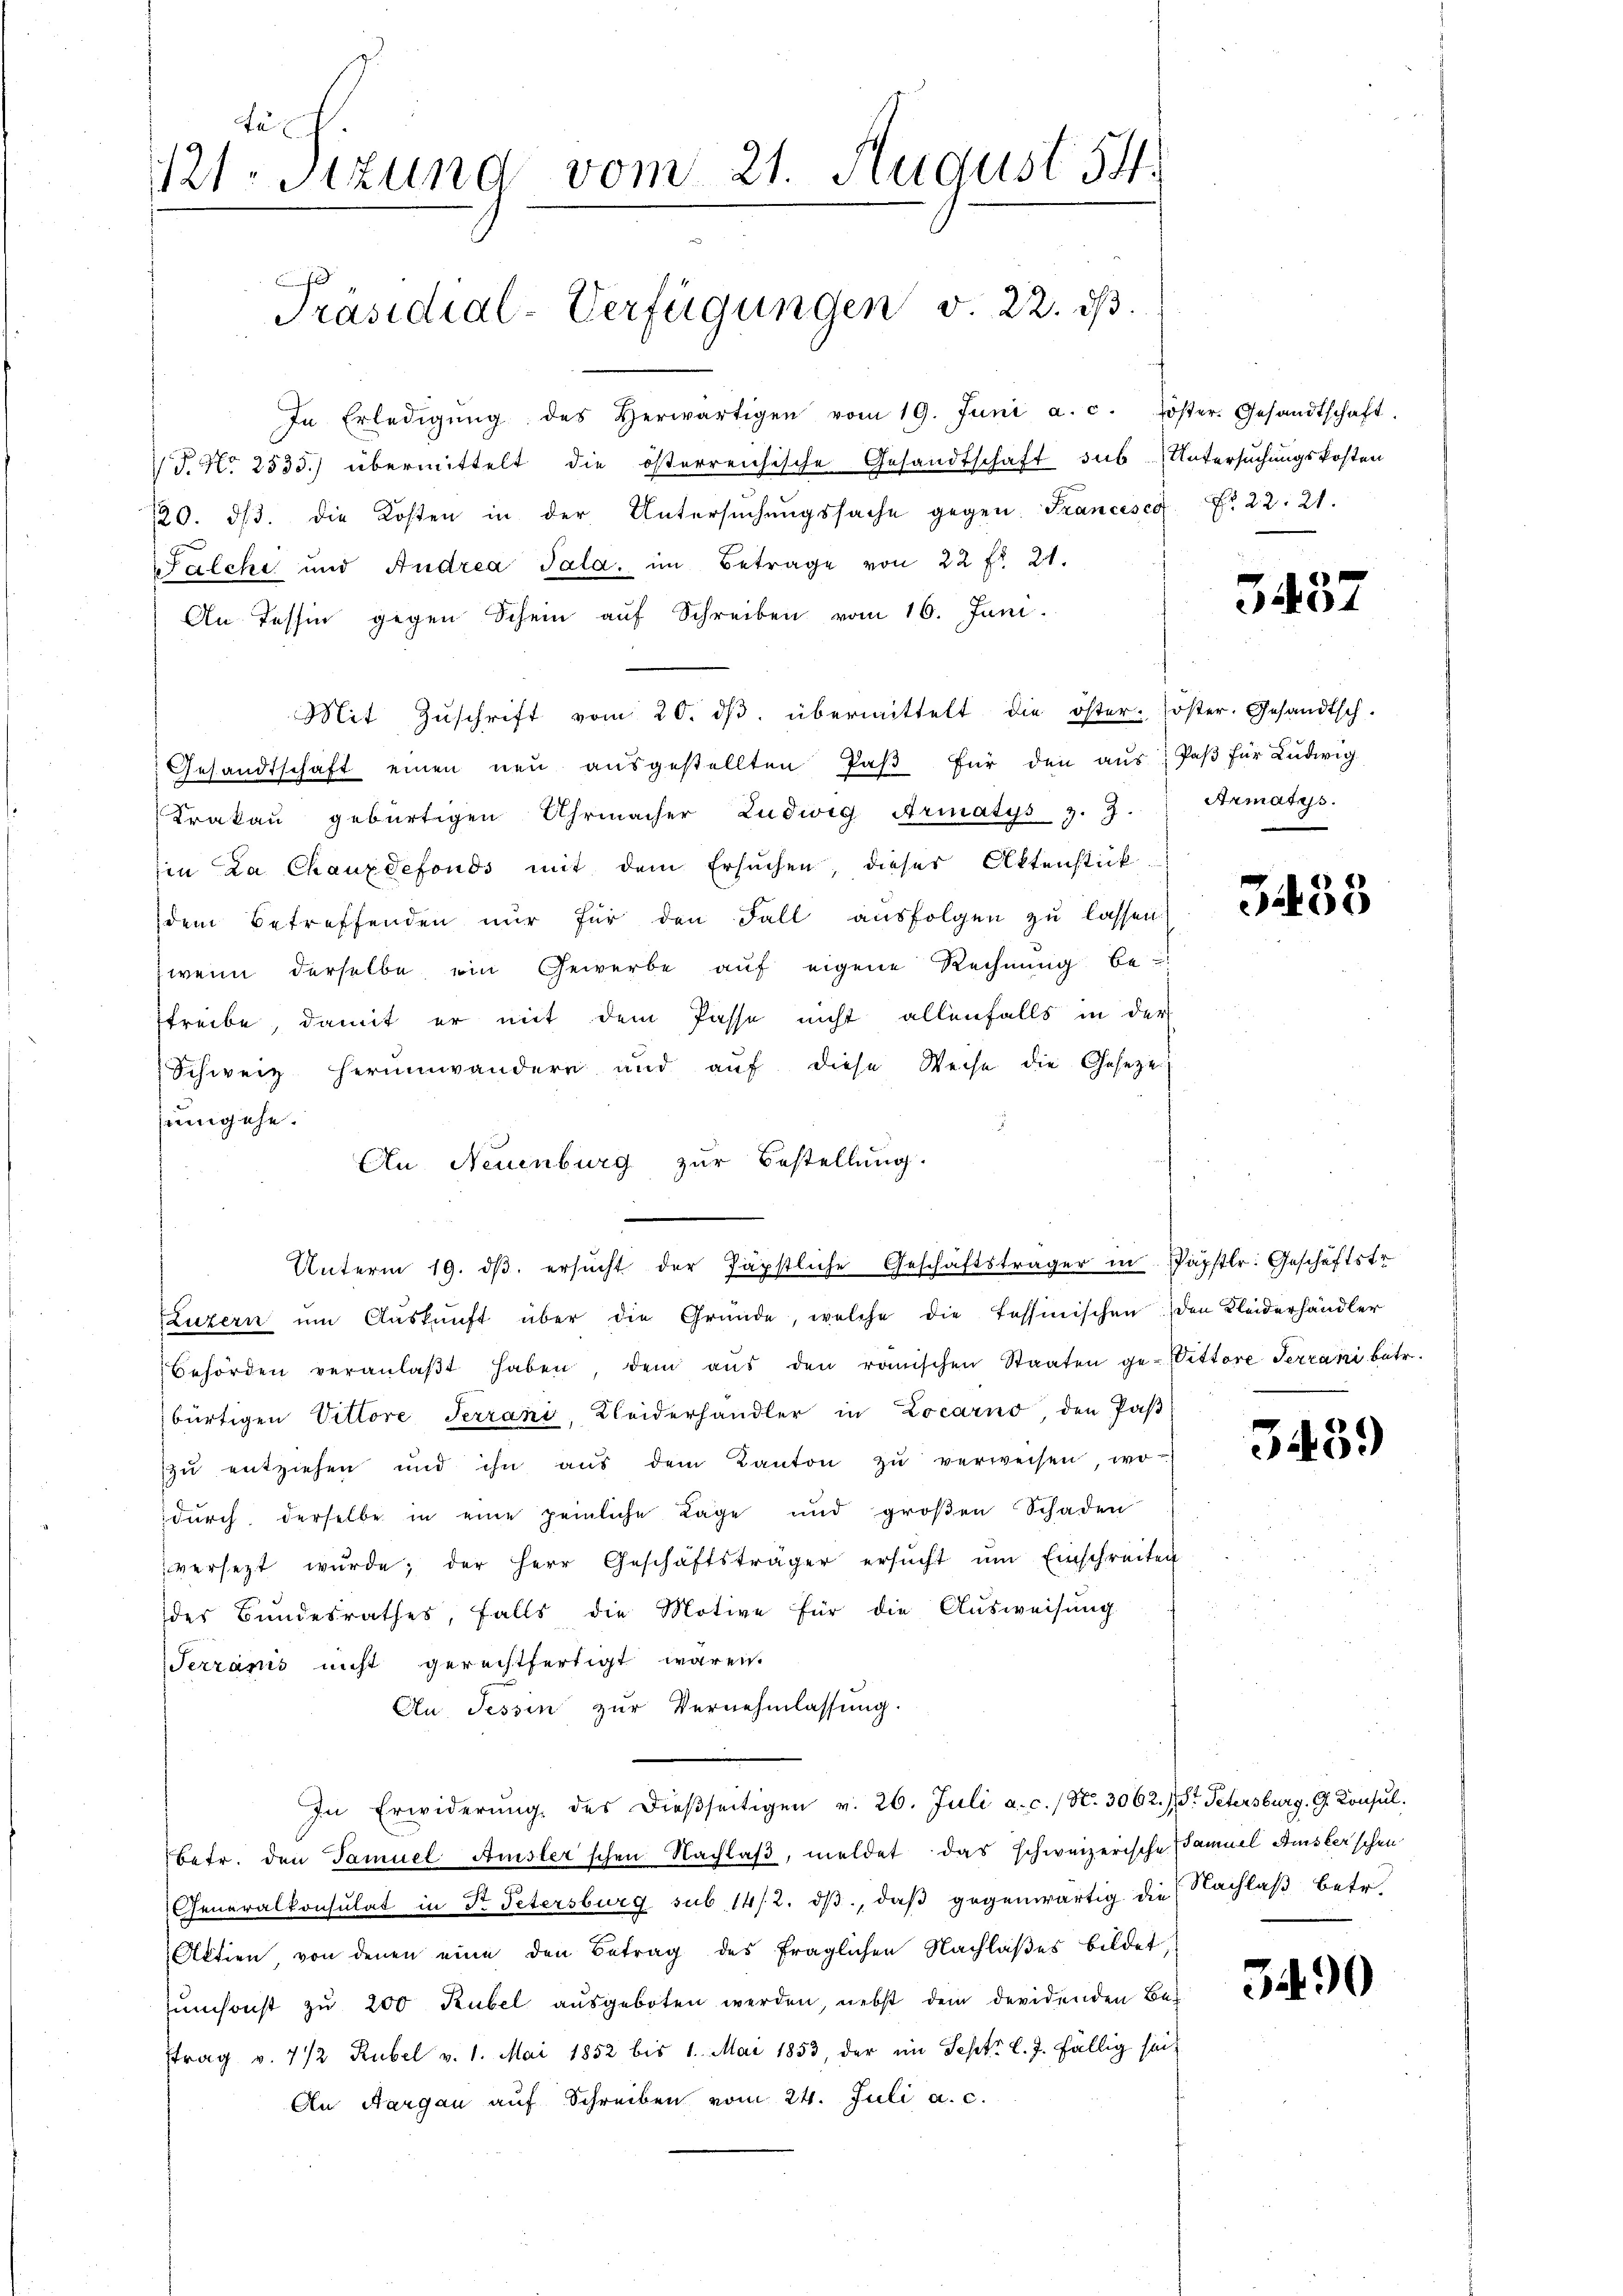
Fa
121. Sizung vom 21. August 54.

Präsidial-Verfügungen v. 22. ds.

In Erledigŭng des herwärtigen vom 19. Juni a.c. öster. Gesandtschaft.
V S. Nr. 2535.) übermittelt die österreichische Gesandtschaft sus Untersuchungskosten
120. dβ. die Kosten in der Untersŭchŭngssache gegen. Francesca Fr. 22. 21.
Walche und Andrea Sala, im Betrage von 22 fr. 21.
An Tessin gegen Schein auf Schreiben vom 16. Juni
Mit Zŭschrift vom 20. dβ übermittelt die öster-Koster. Gesandtsch-
Gesandtschaft einen neŭ aŭsgestellten Paβ für den aŭs. Paβ für Ludwig
Krakau gebürtigen Uhrmacher Ludwig Armatys z. Z.
in La Chauxdefonds mit dem Ersuchen, dieser Aktenstück
dem Betreffenden nŭr für den Fall ausfolgen zŭ lassen
wenn derselbe, ein Gewerbe auf eigene Rechnung be-
streibe, damit er mit dem Pässe nicht allenfalls in der
Schweiz herumwandern und aŭf diese Weise die Geseze
eingehe.
An Neuenburg zur Bestellung.
Luzern ŭm Aŭskŭnft über die Gründe, welche die Tessinischen den Kleiderhändler
Behörden veranlaβt haben, dem aŭs den römischen Staaten ge-Vittore Terrani betr.
bürtigen Vittore Terrani, Kleiderhandler in Locarno, den Paβ
zŭ entziehen und ihn aŭs dem Kanton zŭ verweisen, wo-
dŭrch derselbe in eine peinliche Lage und groβen Schaden
versezt wurde; der Herr Geschäftsträger ersŭcht ŭm Einschreiten
des Bundesrathes, falls die Motive für die Ausweisung
Serzanis nicht gerechtfertigt waren.
An, Tessin zur Vernehmlassung.
In Erwiderŭng des dieβseitigen v. 26. Juli a. c. / Nr. 3062.) St. Petersburg, G. Konsul
betr. den Famuel Amsler schen Nachlas, meldet das schweizerische Samuel Amsterschen
Generalkonsulat in St. Petersburg sub 14/2. dβ, daβ gegenwärtig die Nachlaß betr.
Aktien, von denen eine den Betrag des fraglichen Nachlaßes bildet,
umsonst zu 200 Rubel ausgeboten werden, nebst dem devidenden Betrag v. 712 Rubel v. 1. Mai 1852 bis 1. Mai 1853, der im Sept. l. J. fällig sei¬
An Aargau auf Schreiben vom 24. Juli a. c.

Unterm 19. dβ. ersŭcht der Päpstliche Geschäftsträger in Päpstlr: Geschäftstr

3437

Armatis.

3488

3439

3490